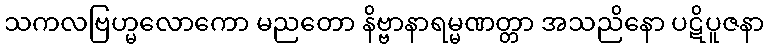
သကလဗြဟ္မလောကော မညတော နိဗ္ဗာနာရမ္မဏတ္တာ အသညိနော ပဋိပူဇနာ